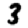
Digit: 3